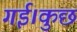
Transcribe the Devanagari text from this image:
गई।कुछ